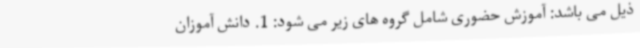
ذیل می باشد: آموزش حضوری شامل گروه های زیر می شود: 1. دانش آموزان